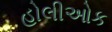
હોલીઓક